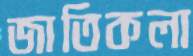
জাতিকলা